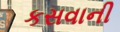
કસવાની